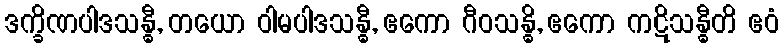
ဒက္ခိဏပါဒသန္ဓီ, တယော ဝါမပါဒသန္ဓီ, ဧကော ဂီဝသန္ဓိ, ဧကော ကဋိသန္ဓီတိ ဧဝံ